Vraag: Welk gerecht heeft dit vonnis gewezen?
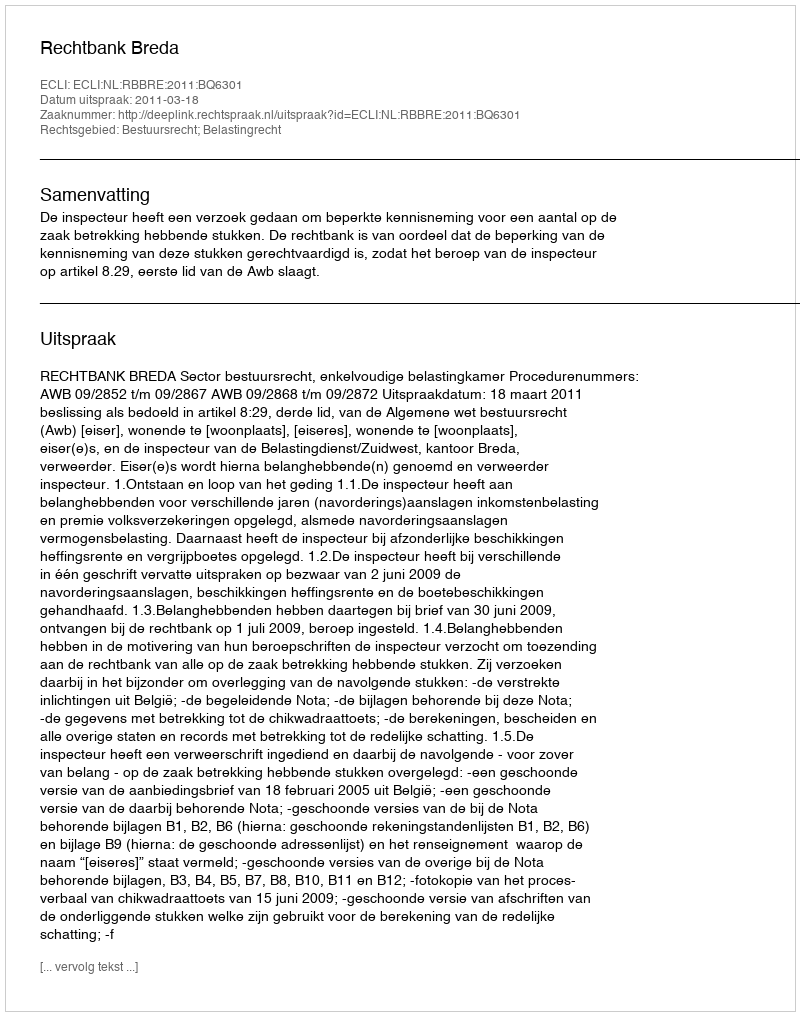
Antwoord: Rechtbank Breda